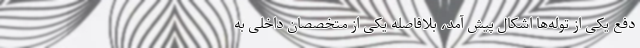
دفع یکی از توله‌ها اشکال پیش آمد، بلافاصله یکی از متخصصان داخلی به